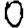
Digit: 0